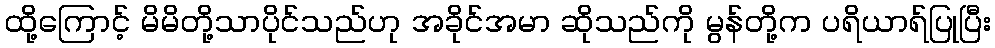
ထို့ကြောင့် မိမိတို့သာပိုင်သည်ဟု အခိုင်အမာ ဆိုသည်ကို မွန်တို့က ပရိယာရ်ပြုပြီး